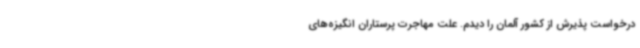
درخواست پذیرش از کشور آلمان را دیدم. علت مهاجرت پرستاران انگیزه‌های